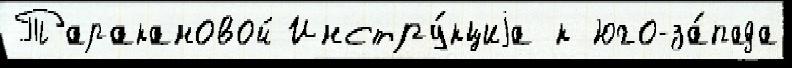
Таракановой Инстру́кциjа к юго-за́пада